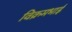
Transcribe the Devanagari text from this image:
विक्रमभाई